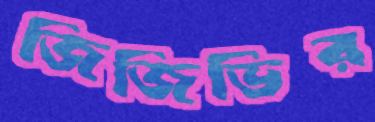
জিজিভির